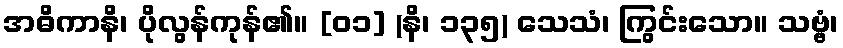
အဓိကာနိ၊ ပိုလွန်ကုန်၏။ [၀၁] (နိ၊ ၁၃၅) သေသံ၊ ကြွင်းသော။ သဗ္ဗံ၊